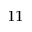
_ { 1 1 }